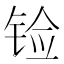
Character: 𲈀